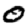
Digit: 0